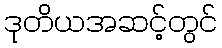
ဒုတိယအဆင့်တွင်